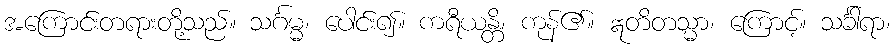
အကြောင်းတရားတို့သည်။ သင်္ဂမ္မ၊ ပေါင်း၍။ ကရီယန္တိ၊ ကုန်၏။ ဣတိတသ္မာ၊ ကြောင့်။ သင်္ခါရာ၊